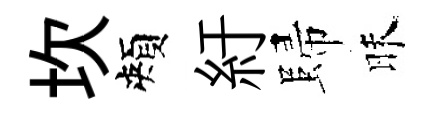
坎頰紆歸昧